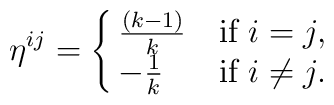
\eta^{ij}=\cases{{(k-1)\over k}&if $i=j,$\cr{-{1\over k}} &if $i\not=j.$ \cr}